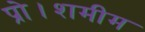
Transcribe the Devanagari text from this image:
प्रो।शमीम